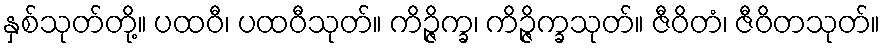
နှစ်သုတ်တို့။ ပထဝီ၊ ပထဝီသုတ်။ ကိဉ္ဇိက္ခ၊ ကိဉ္ဇိက္ခသုတ်။ ဇီဝိတံ၊ ဇီဝိတသုတ်။